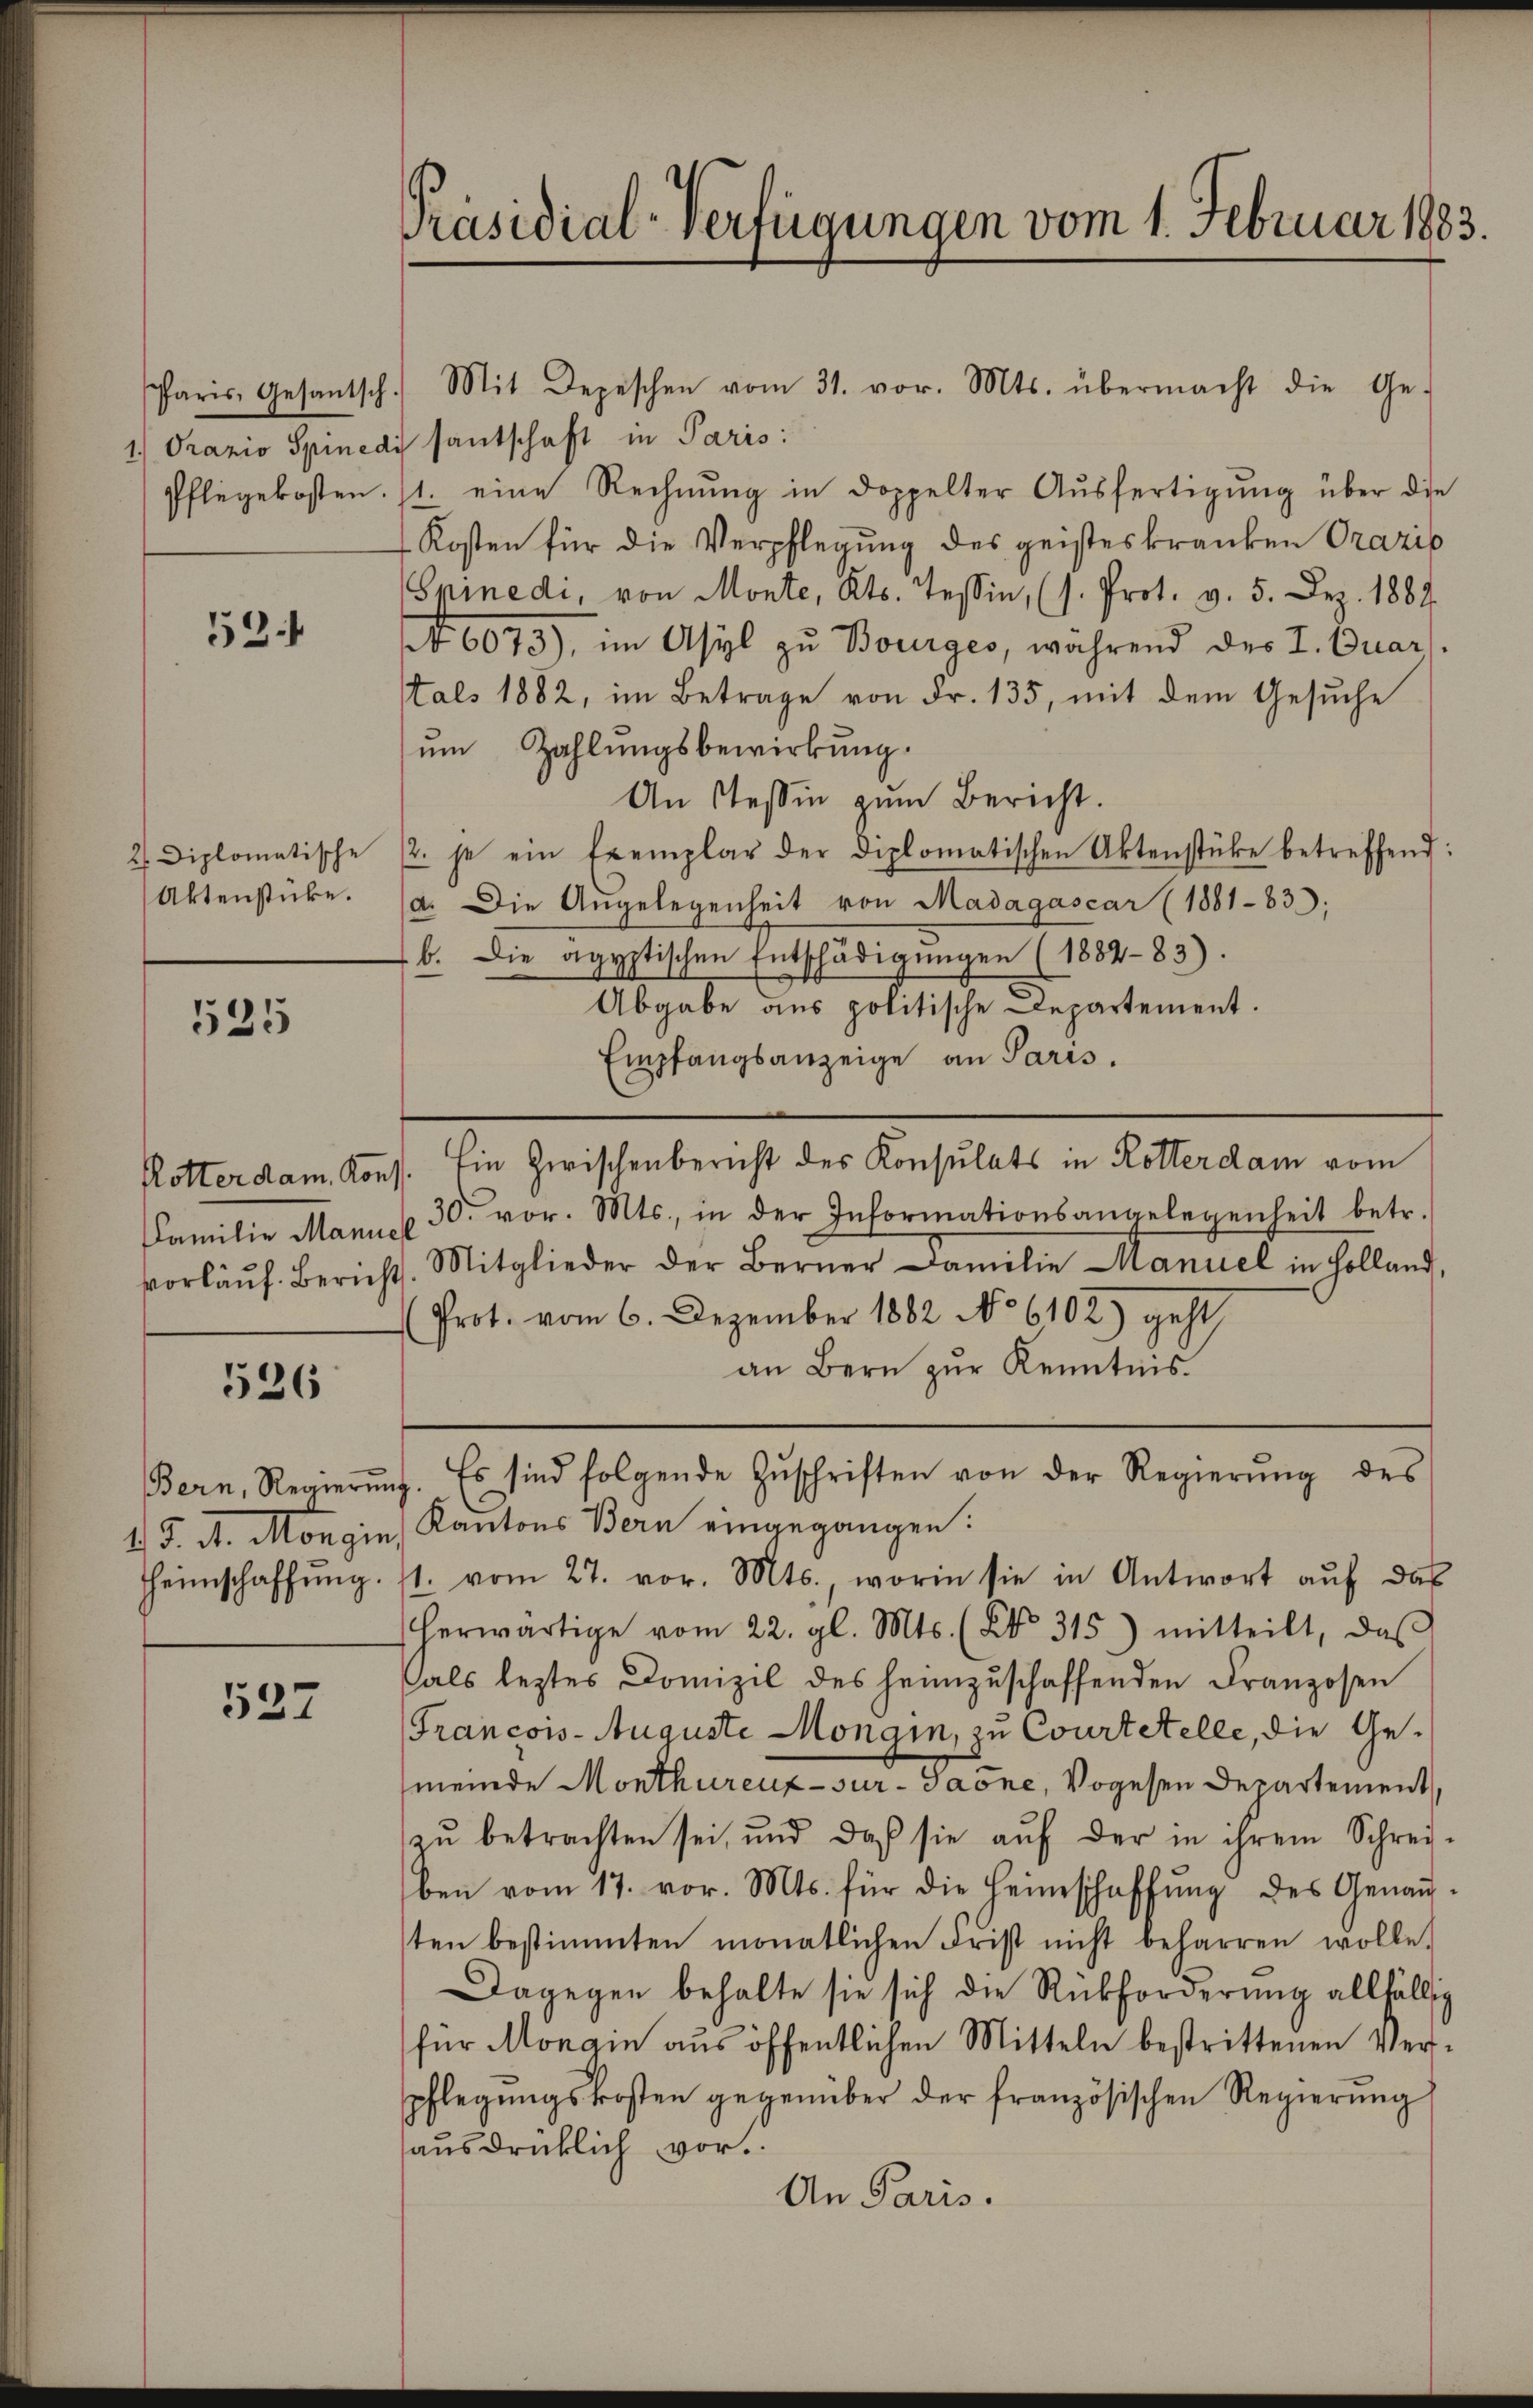
53.

2 Diplomatische
Aktensticke.

525

526

537

1.) Oranio Spinedi santschaft in Paris:
Pflegekosten. 11. eine Rechnŭng in doppelter Aŭsfertigŭng über die
Kosten für die Verpflegung des geisteskranken Oraris
Srinedi, von Monte, Kts. Tessin, (s. Prot. v. 5. Dez. 1884.
No. 6073), im Asyl zu Bourges, während des I. Quar
als 1882, im Betrage von Fr. 135, mit dem Gesuche
ŭm Zahlungsbewirkung.
An Teßin zum Bericht.
/2. je ein Exemplar der diplomatischen Aktenstüke betreffend:
a. Die Angelegenheit von Madagascar (1881-83;
b. Die ägyptischen Entschädigŭngen (1882-83).
Abgabe aus politische Departement.
Empfangsanzeige an Paris.
Rotterdam Kons. Ein Zwischenbericht des Konsulats in Rotterdam vom
Familie Manus 30. vor. Mts., in der Informationsangelegenheit betr.
vorläŭf. Berichts. Mitglieder der Berner Familie Manuel in Holland,
Prot. vom 6. Dezember 1882 No 6102) geht,
an Bern zur Kenntnis.
Bern, Regierŭng. Es sind folgende Zŭschriften von der Regierŭng des
1 J. A. Mongin Kantons Bern eingegangen:
Heimschaffŭng. (1. vom 27. vor. Mts., worin sie in Antwort aŭf das
herwärtige vom 22. gl. Mts. (Bd. 315) mitteilt, daβ
als letztes Domizil des heimzuschaffenden Franzosen
Francois- Auguste Mongin, zu Courtetelle, die Gemeinde Monthureux sur - Gaone, Vogesen Departement,
zŭ betrachten sei, und daß sie aŭf der in ihrem Schrei-
ben vom 17. vor. Mts. für die Heimschaffŭng des Genauten bestimmten monatlichen Frist nicht beharren wolle.
Dagegen behalte sie sich die Rückforderung allfällig
für Mongin aus öffentlichen Mitteln bestrittenen Verpflegungskosten gegenüber der französischen Regierung
ausdrücklich vor.
An Paris.

Präsidial-Verfügungen vom 1. Februar 1883.

Paris, Gesantsch. Mit Depeschen vom 31. vor. Mts. übermacht die Ge-